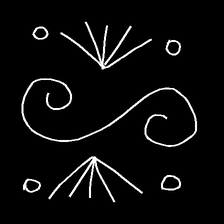
Glyph: aeroform